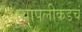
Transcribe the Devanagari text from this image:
त्यापलीकडचं